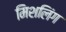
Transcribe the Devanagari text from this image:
मिशलिंग